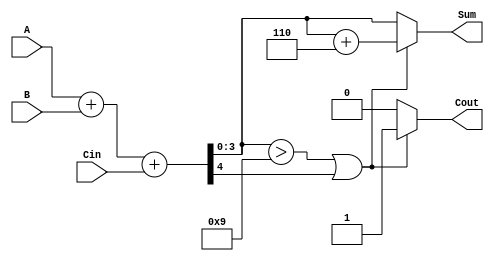
module BCD_Parallel_Adder (
    input  wire [3:0] A,      // First BCD digit
    input  wire [3:0] B,      // Second BCD digit
    input  wire Cin,          // Carry input
    output reg  [3:0] Sum,    // BCD sum output
    output reg  Cout          // Carry output
);

    // Internal signal for the raw sum
    wire [4:0] RawSum;         // 5 bits to accommodate carry
    wire CorrectionNeeded;

    // Calculate the raw sum of A, B, and Cin
    assign RawSum = A + B + Cin;

    // Determine if correction is needed
    assign CorrectionNeeded = (RawSum[3:0] > 4'b1001) || (RawSum[4] == 1'b1);

    always @(*) begin
        if (CorrectionNeeded) begin
            // Apply correction by adding 6 (0110)
            Sum = RawSum[3:0] + 4'b0110; // Corrected sum
            Cout = 1'b1;                  // Set carry out
        end else begin
            Sum = RawSum[3:0];            // No correction needed
            Cout = 1'b0;                  // No carry out
        end
    end

endmodule